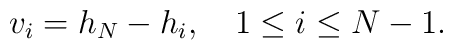
v_{i}=h_{N}-h_{i},\quad 1\leq i\leq N-1.